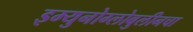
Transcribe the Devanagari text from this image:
इम्युनोग्लोबुलीनचा